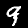
Label: 9